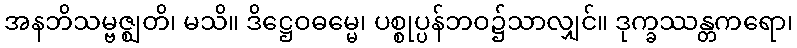
အနဘိသမ္ဗဇ္ဈတိ၊ မသိ။ ဒိဋ္ဌေဝဓမ္မေ၊ ပစ္စုပ္ပန်ဘဝ၌သာလျှင်။ ဒုက္ခဿန္တကရော၊